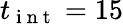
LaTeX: t_{\mathrm{~i~n~t~}}=15